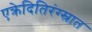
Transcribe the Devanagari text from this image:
एक्रेदितिरंग्स्रात